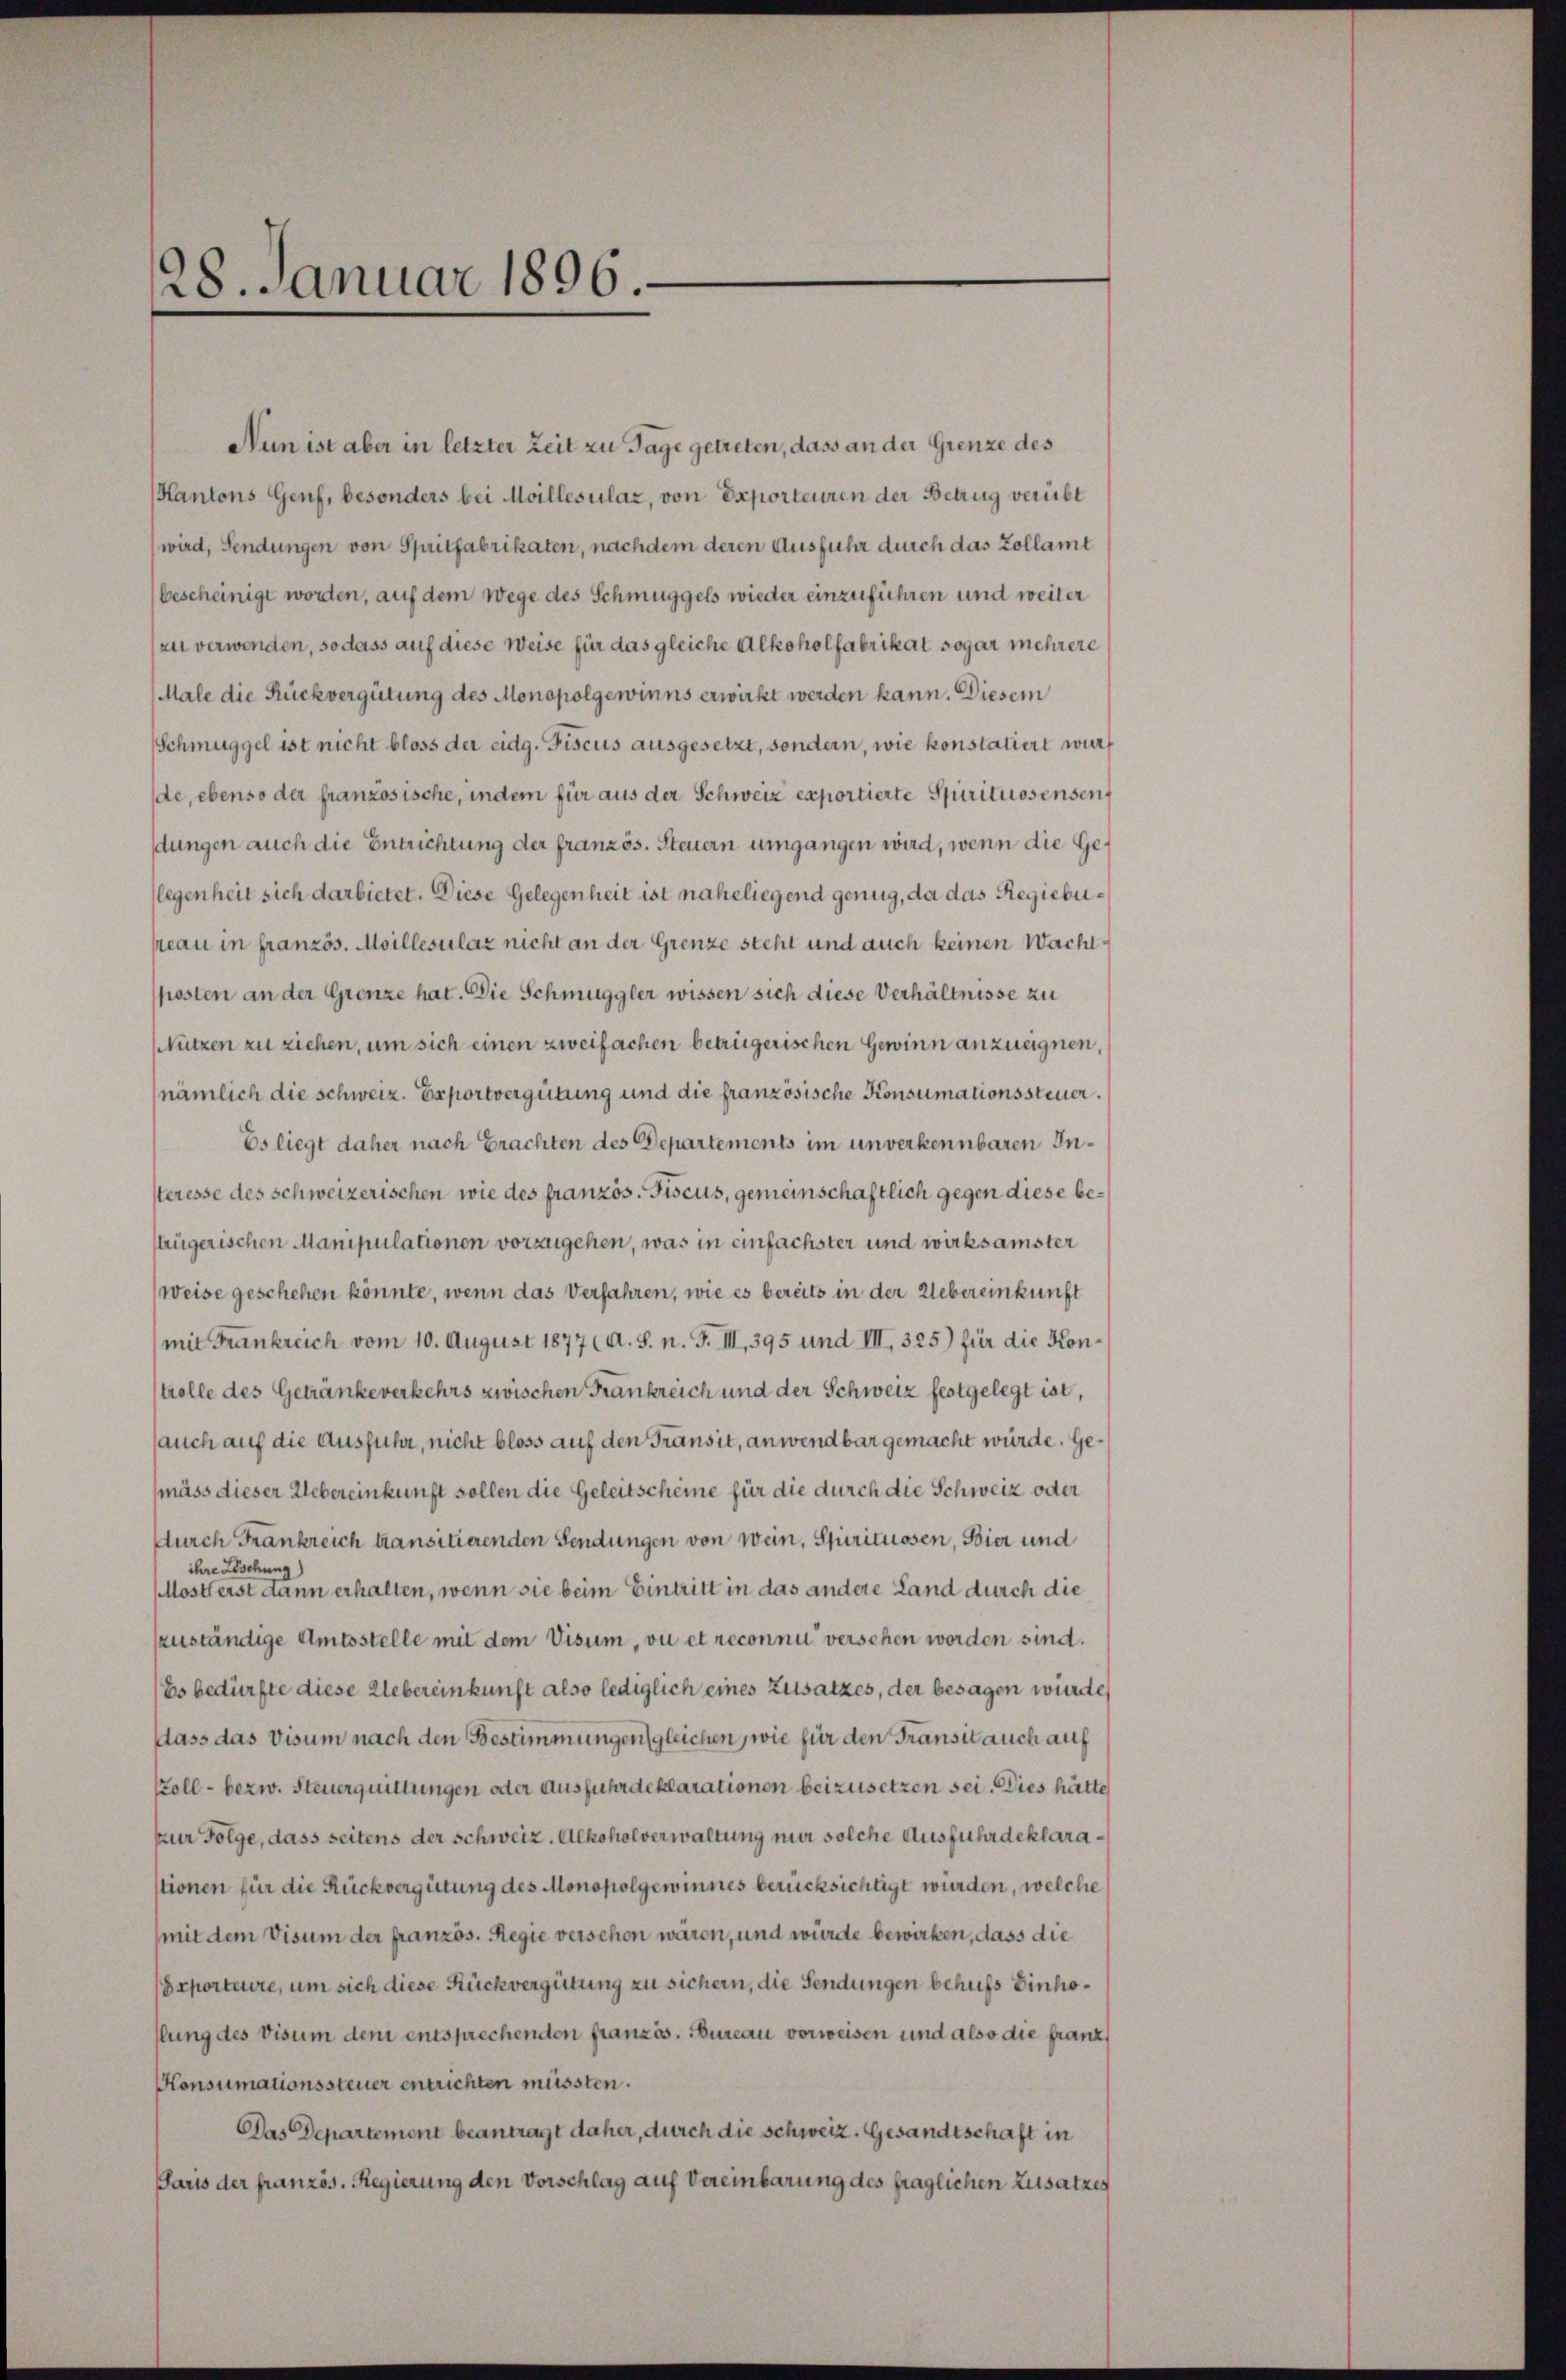
28. Januar 1896.

Nun ist aber in letzter Zeit zu Tage getreten, dass an der Grenze des
Kantons Genf, besonders bei Moillesilaz, von Exporteuren der Betrug verübt
wird, Sendungen von Spritfabrikaten, nachdem deren Ausfuhr durch das Zollamt
bescheinigt worden, auf dem Wege des Schmuggels wieder einzuführen und weiter
zu verwenden, so dass auf diese Weise für das gleiche Alkoholfabrikat sogar mehrere
Male die Rückvergütung des Monopolgewinns erwirkt werden kann. Diesem
Schmuggel ist nicht bloss der eidg. Fiscus ausgesetzt, sondern, wie konstatiert wurde, ebenso der französische, indem für aus der Schweiz exportierte Spirituosensent
dungen auch die Entrichtung der französ. Steuern umgangen wird, wenn die Gelegenheit sich darbietet. Diese Gelegenheit ist naheliegend genug, da das Regiebupreau in französ. Moillesilaz nicht an der Grenze steht und auch keinen Wachtposten an der Grenze hat. Die Schmuggler wissen sich diese Verhältnisse zu
Nutzen zu ziehen, um sich einen zweifachen betrügerischen Gewinn anzueignen
nämlich die schweiz. Exportvergütung und die französische Konsumationssteuer.
Es liegt daher nach Erachten des Departements im unverkennbaren Insteresse des schweizerischen wie des französ. Fiscus, gemeinschaftlich gegen diese bestrügerischen Manipulationen vorzugehen, was in einfachster und wirksamster
weise geschehen könnte, wenn das Verfahren, wie es bereits in der Uebereinkunft
mit Frankreich vom 10. August 1877 (A. S. n. F. III, 395 und III, 325) für die Kontrolle des Getränke verkehrs zwischen Frankreich und der Schweiz festgelegt ist,
auch auf die Ausfuhr, nicht bloss auf den Transit, anwendbar gemacht würde. Gemäss dieser Uebereinkunft sollen die Geleitscheine für die durch die Schweiz oder
Durch Frankreich transitierenden Sendungen von wein, Spirituosen, Bier und
ihre Löschung
Mosterst dann erhalten, wenn sie beim Eintritt in das andere Land durch die
zuständige Amtsstelle mit dem Visum, vi et reconnu versehen worden sind.
Es bedürfte diese Uebereinkunft also lediglich eines Zusatzes, der besagen würde,
dass das Visum nach den Bestimmungen gleichen wie für den Transit auch auf
koll - bezw. Steuerquittungen oder Ausfuhr deklarationen beizusetzen sei. Dies hätte
zur Folge, dass seitens der Schweiz. Alkoholverwaltung nur solche Ausfuhr deklarastionen für die Rückvergütung des Monopolgewinnes berücksichtigt wurden, welche
mit dem Visum der französ. Regie verschon waren, und würde bewirken, dass die
Seporteure, um sich diese Rückvergütung zu sichern, die Sendungen behufs Einholung des visum dem entsprechenden französ. Bureau vorweisen und also die franz
Konsumationssteuer entrichten müssten.
Das Departement beantragt daher, durch die Schweiz. Gesandtschaft in
Paris der französ. Regierung den Vorschlag auf Vereinbarung des fraglichen Zusatzes